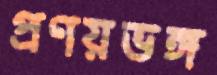
প্রণয়ভঙ্গ